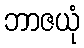
ဘာဇယုံ